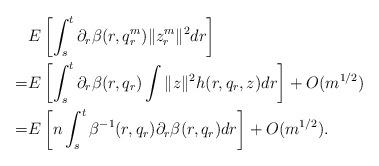
LaTeX: \begin{align*}&E\left[\int_s^t \partial_r \beta(r,q_r^m) \|z_r^m\|^2dr\right]\\=& E\left[\int_s^t \partial_r \beta(r,q_r) \int \|z\|^2 h(r,q_r,z)dr\right]+O(m^{1/2})\\=& E\left[n\int_s^t \beta^{-1}(r,q_r)\partial_r \beta(r,q_r)dr \right]+O(m^{1/2}).\end{align*}